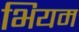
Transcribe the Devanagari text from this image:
भियम